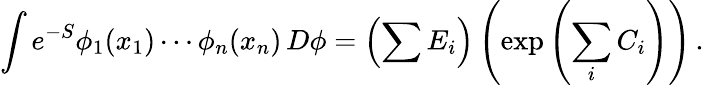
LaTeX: \int e^{-S}\phi_{1}(x_{1})\cdots\phi_{n}(x_{n})\, D\phi=\left(\sum E_{i}\right)\left(\exp\left(\sum_{i}C_{i}\right)\right)\, .